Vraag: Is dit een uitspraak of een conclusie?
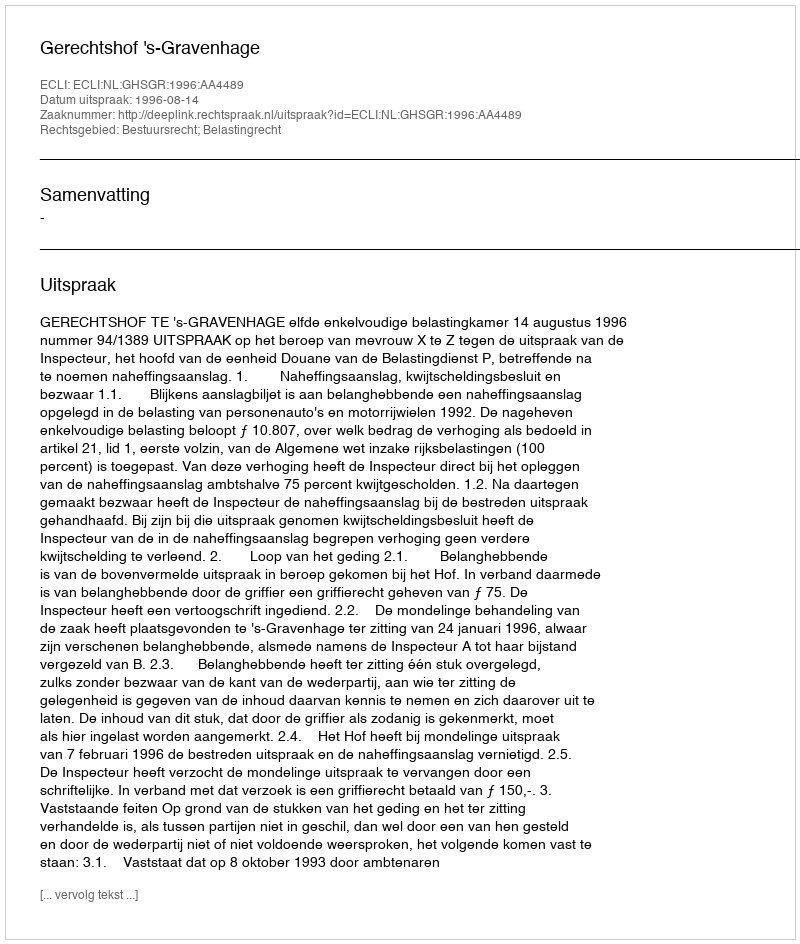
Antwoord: Uitspraak